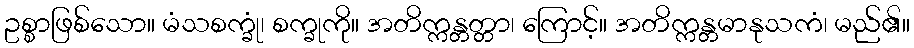
ဥစ္စာဖြစ်သော။ မံသစက္ခုံ၊ စက္ခုကို။ အတိက္ကန္တတ္တာ၊ ကြောင့်။ အတိက္ကန္တမာနုသကံ၊ မည်၏။